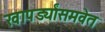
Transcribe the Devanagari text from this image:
खापर्ड्यांसमवेत